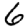
Digit: 6